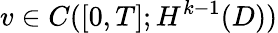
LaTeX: v\in C([0,T];H^{k-1}(D))